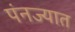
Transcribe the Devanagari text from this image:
पंनज्यात